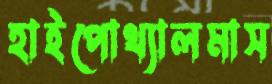
হাইপোথ্যালমাস